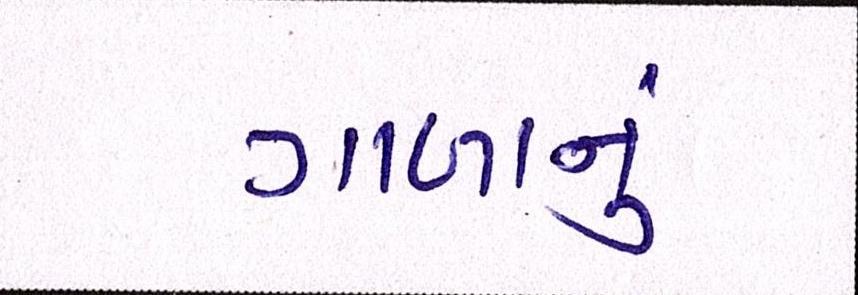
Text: ગાળાનું